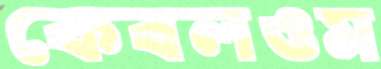
কেবলওম